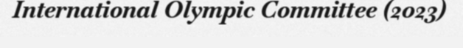
International Olympic Committee (2023)